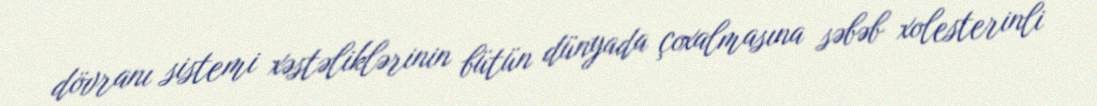
dövranı sistemi xəstəliklərinin bütün dünyada çoxalmasına səbəb xolesterinli